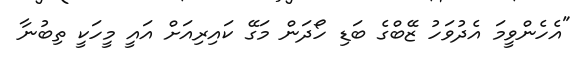
"އެހެންވީމަ އެދުވަހު ޒޭބްގެ ބަޑި ހޯދަން މަގޭ ކައިރިއަށް އައީ މީހަކީ ތިބުނާ